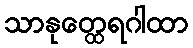
သာနုတ္ထေရဂါထာ